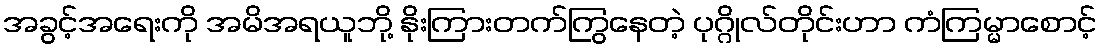
အခွင့်အရေးကို အမိအရယူဘို့ နိုးကြားတက်ကြွနေတဲ့ ပုဂ္ဂိုလ်တိုင်းဟာ ကံကြမ္မာစောင့်